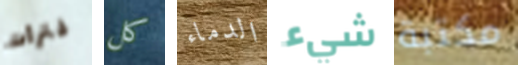
فترات كل الدماء شيء مكتبة